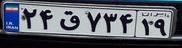
۲۴ق۷۳۴۱۹